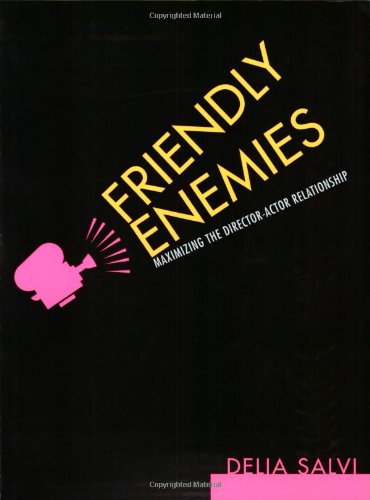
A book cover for Friendly Enemies: The Director-Actor Relationship; Delia Salvey; Humor & Entertainment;